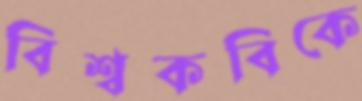
বিশ্বকবিকে